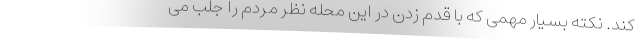
کند. نکته بسیار مهمی که با قدم زدن در این محله نظر مردم را جلب می